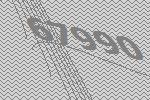
67990